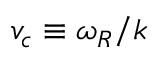
v _ { c } \equiv \omega _ { R } / k